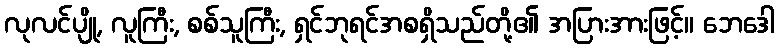
လုလင်ပျို, လူကြီး, စစ်သူကြီး, ရှင်ဘုရင်အစရှိသည်တို့၏ အပြားအားဖြင့်။ ဘေဒေါ